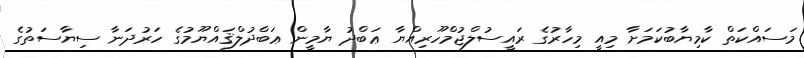
މަސައްކަތް ކާމިޔާބުކަމަށާ މިއީ މިހާރުގެ ރައީސުލްޖުމްހޫރިއްޔާ ޢަބްދު ޔާމީން ޢަބްދުލްޤައްޔޫމުގެ ހަރުދަނާ ސިޔާސަތުގެ